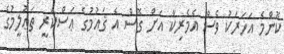
ކޮންމެ އަހަރަކު ވެސް އެމެރިކާ އަށް ގޮސް އެ ޤައުމުގެ ޢަސްކަރީ ތަޢުލީމުގެ